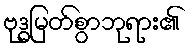
ဗုဒ္ဓမြတ်စွာဘုရား၏